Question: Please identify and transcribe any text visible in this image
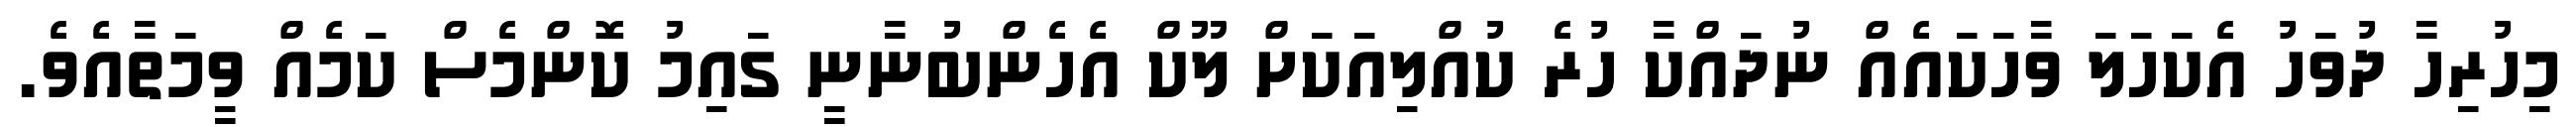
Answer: މިހުރިހާ ދުވަހު އެކަހަލަ ވާހަކައެއް ނުދައްކާ ހުރެ ކުއްލިއަކަށް ލޫކް އެހެންބުނާނީ ގައިމު ކޮންމެސް ކަމެއް ވީމަތާއެވެ.